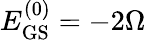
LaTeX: E_{\mathrm{GS}}^{(0)}=-2\Omega